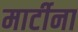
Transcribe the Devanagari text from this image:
मार्टीना